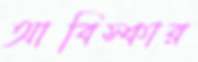
আবিস্কার